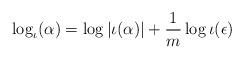
LaTeX: \begin{align*} \log_\iota (\alpha)= \log |\iota(\alpha)| +\frac{1}{m}\log \iota (\epsilon)\end{align*}